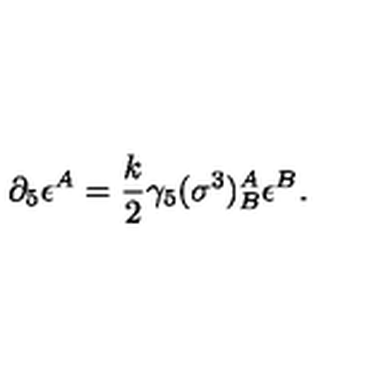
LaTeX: \partial _ { 5 } \epsilon ^ { A } = \frac { k } { 2 } \gamma _ { 5 } ( \sigma ^ { 3 } ) _ { B } ^ { A } \epsilon ^ { B } .